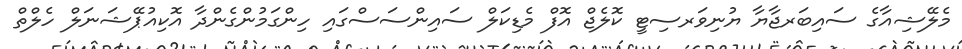
މެލޭޝިއާގެ ސައިބަރޖާޔާ ޔުނިވަރސިޓީ ކޮލެޖް އޮފް މެޑިކަލް ސައިންސަސްގައި ހިންގަމުންގެންދާ އޮކިއުޕޭޝަނަލް ހެލްތް